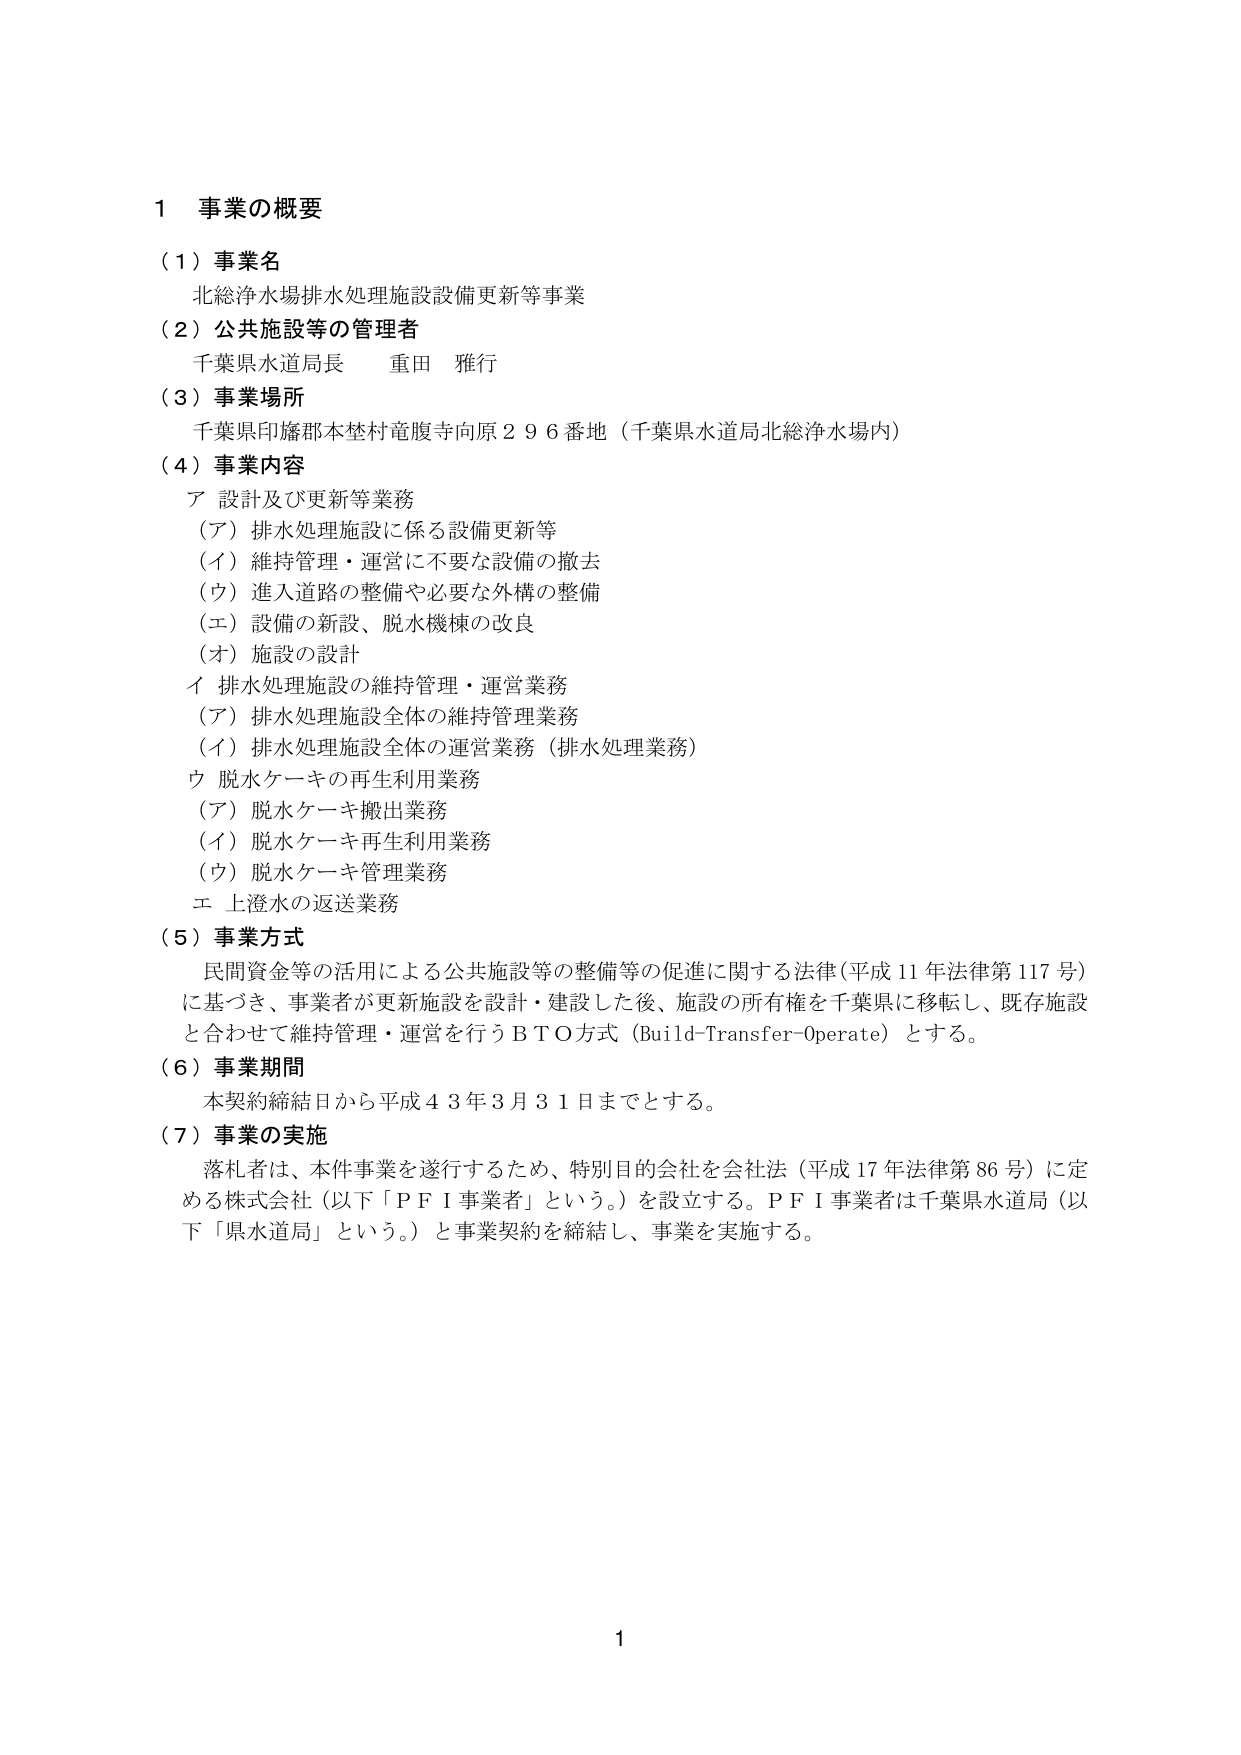
1 事業の概要
（1）事業名
北総浄水場排水処理施設設備更新等事業
（2）公共施設等の管理者
千葉県水道局長 重田 雅行
（3）事業場所
千葉県印旛郡木埜村竜腹寺向原２９６番地（千葉県水道局北総浄水場内）
（4）事業内容
ア 設計及び更新等業務
（ア）排水処理施設に係る設備更新等
（イ）維持管理・運営に不要な設備の撤去
（ウ）進入道路の整備や必要な外構の整備
（エ）設備の新設、脱水機棟の改良
（オ）施設の設計
イ 排水処理施設の維持管理・運営業務
（ア）排水処理施設全体の維持管理業務
（イ）排水処理施設全体の運営業務（排水処理業務）
ウ 脱水ケーキの再生利用業務
（ア）脱水ケーキ搬出業務
（イ）脱水ケーキ再生利用業務
（ウ）脱水ケーキ管理業務
エ 上澄水の返送業務
（5）事業方式
民間資金等の活用による公共施設等の整備等の促進に関する法律（平成11年法律第117号）
に基づき、事業者が更新施設を設計・建設した後、施設の所有権を千葉県に移転し、既存施設
と合わせて維持管理・運営を行うＢＴＯ方式（Build-Transfer-Operate）とする。
（6）事業期間
本契約締結日から平成43年3月31日までとする。
（7）事業の実施
落札者は、本件事業を遂行するため、特別目的会社を会社法（平成17年法律第86号）に定
める株式会社（以下「ＰＦＩ事業者」という。）を設立する。ＰＦＩ事業者は千葉県水道局（以
下「県水道局」という。）と事業契約を締結し、事業を実施する。
1